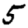
Digit: 5